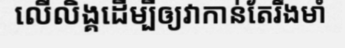
លើលិង្គដើម្បីឲ្យវាកាន់តែរឹងមាំ